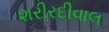
શરીરદીવાલ